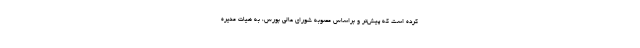
کرده است که پیش‌تر و براساس مصوبه شورای عالی بورس، به هیات مدیره